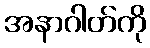
အနာဂါတ်ကို